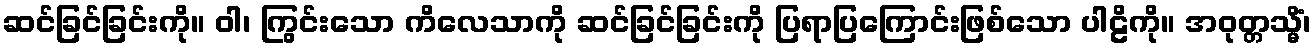
ဆင်ခြင်ခြင်းကို။ ဝါ၊ ကြွင်းသော ကိလေသာကို ဆင်ခြင်ခြင်းကို ပြရာပြကြောင်းဖြစ်သော ပါဠိကို။ အဝုတ္တသ္မိံ၊